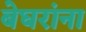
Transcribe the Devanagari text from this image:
बेघरांना